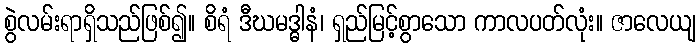
စွဲလမ်းရာရှိသည်ဖြစ်၍။ စိရံ ဒီဃမဒ္ဓါနံ၊ ရှည်မြင့်စွာသော ကာလပတ်လုံး။ ဇာလေယျ